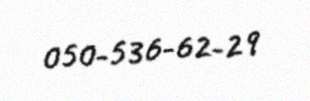
050-536-62-29